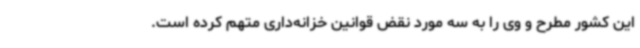
این کشور مطرح و وی را به سه مورد نقض قوانین خزانه‌داری متهم کرده است.